Scottish Leaving Certificate Examination, 1958
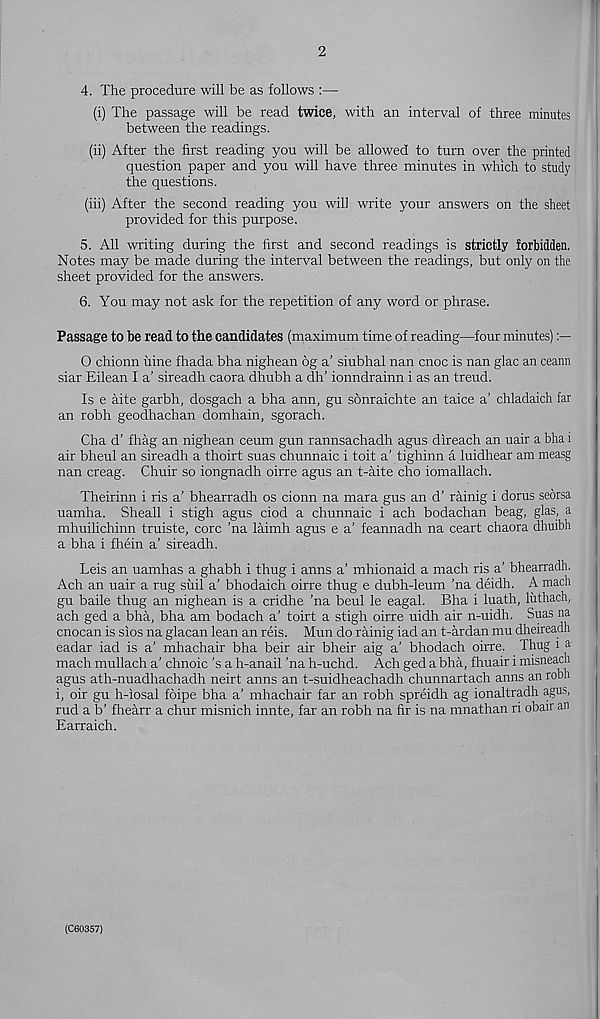
2
4. The procedure will be as follows :—
(i) The passage will be read twice, with an interval of three minutes
between the readings.
(ii) After the first reading you will be allowed to turn over the printed
question paper and you will have three minutes in which to study
the questions.
(iii) After the second reading you will write your answers on the sheet
provided for this purpose.
5. All writing during the first and second readings is strictly forbidden.
Notes may be made during the interval between the readings, but only on the
sheet provided for the answers.
6. You may not ask for the repetition of any word or phrase.
Passage to be read to the candidates (maximum time of reading—four minutes)
O chionn uine fhada bha nighean 6g a’ siubhal nan cnoc is nan glac an ceann
siar Eilean I a’ sireadh caora dhubh a dh’ ionndrainn i as an treud.
Is e aite garbh, dosgach a bha ann, gu sonraichte an taice a’ chladaich far
an robh geodhachan domhain, sgorach.
Cha d’ fhag an nighean ceum gun rannsachadh agus direach an uair a bha i
air bheul an sireadh a thoirt suas chunnaic i toit a' tighinn a luidhear am measg
nan creag. Chuir so iongnadh oirre agus an t-aite cho iomallach.
Theirinn i ris a’ bhearradh os cionn na mara gus an d’ rainig i dorus seorsa
uamha. Sheall i stigh agus ciod a chunnaic i ach bodachan beag, glas, a
mhuilichinn truiste, core ’na laimh agus e a’ feannadh na ceart chaora dhuibh
a bha i fhein a’ sireadh.
Leis an uamhas a ghabh i thug i anns a’ mhionaid a mach ris a’ bhearradh.
Ach an uair a rug suil a’ bhodaich oirre thug e dubh-leum ’na deidh. A mach
gu bade thug an nighean is a cridhe ’na beul le eagal. Bha i luath, luthach,
ach ged a bha, bha am bodach a’ toirt a stigh oirre uidh air n-uidh. Suas na
cnocan is sios na glacan lean an reis. Mun do rainig iad an t-ardan mu dheireadh
eadar iad is a’ mhachair bha beir air bheir aig a’ bhodach oirre. Thug i a
mach mullach a’ chnoic’s a h-anail 'na h-uchd. Ach ged a bha, fhuair i misneach
agus ath-nuadhachadh neirt anns an t-suidheachadh chunnartach anns an robh
i, oir gu h-iosal foipe bha a’ mhachair far an robh spreidh ag ionaltradh agus,
rud a b’ fhearr a chur misnich innte, far an robh na fir is na mnathan ri obair an
Earraich.
(C60357)